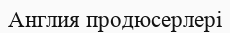
Англия продюсерлері